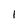
Character: I